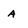
Character: a